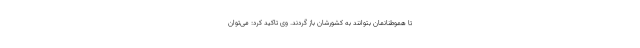
تا هموطنانمان بتوانند به کشورشان باز گردند. وی تاکید کرد: می‌توان